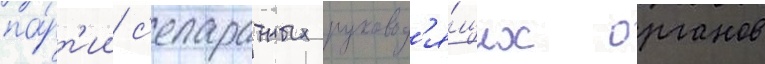
па́рт'ии с'епаратных руковод'я́щих органов